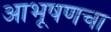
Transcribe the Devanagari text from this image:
आभूषणचा